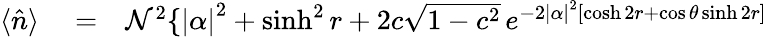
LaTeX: \begin{array}{rlr}{\langle\hat{n}\rangle}&{{}=}&{\mathcal{N}^{2}\{ \left|\alpha\right|^{2}+\sinh^{2}r+2c\sqrt{1-c^{2}}\, e^{-2\left|\alpha\right|^{2}\left[\cosh 2r+\cos\theta\sinh 2r\right]}}\end{array}